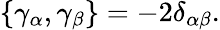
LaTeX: \{ \gamma_{\alpha},\gamma_{\beta}\} =-2\delta_{\alpha\beta}.